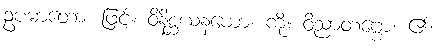
ဥပမာတော၊ ဖြင့်။ ဝိနိစ္ဆယနယော၊ ကို။ ဝိညာတဗ္ဗော၊ ၏။